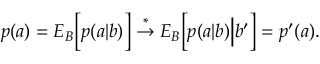
\begin{array} { r } { p ( a ) = { E } _ { B } \Big [ p ( a | b ) \Big ] \stackrel { * } { \rightarrow } { E } _ { B } \Big [ p ( a | b ) \Big | b ^ { \prime } \Big ] = p ^ { \prime } ( a ) . } \end{array}